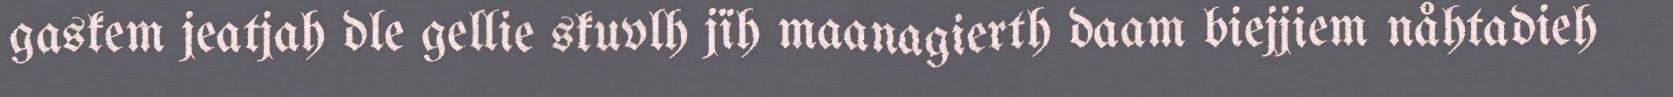
gaskem jeatjah dle gellie skuvlh jïh maanagierth daam biejjiem nåhtadieh